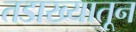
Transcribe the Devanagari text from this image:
तडाख्यातून